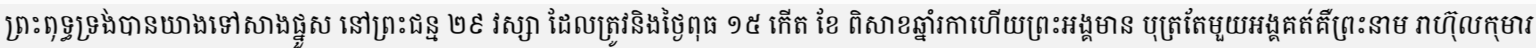
ព្រះពុទ្ធទ្រង់បានយាងទៅសាងផ្នួស នៅព្រះជន្ម ២៩ វស្សា ដែលត្រូវនិងថ្ងៃពុធ ១៥ កើត ខែ ពិសាខឆ្នាំរកាហើយព្រះអង្គមាន បុត្រតែមួយអង្គគត់គឺព្រះនាម រាហ៊ុលកុមារ